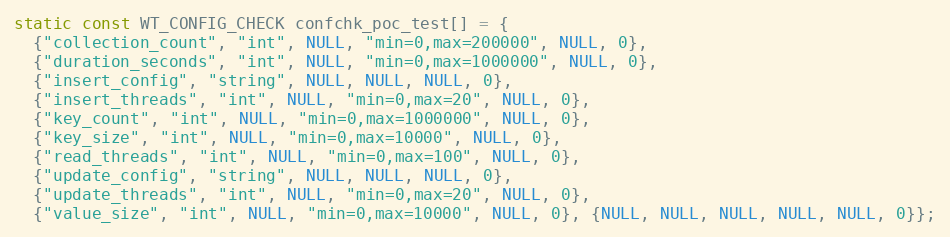
Language: C
static const WT_CONFIG_CHECK confchk_poc_test[] = {
  {"collection_count", "int", NULL, "min=0,max=200000", NULL, 0},
  {"duration_seconds", "int", NULL, "min=0,max=1000000", NULL, 0},
  {"insert_config", "string", NULL, NULL, NULL, 0},
  {"insert_threads", "int", NULL, "min=0,max=20", NULL, 0},
  {"key_count", "int", NULL, "min=0,max=1000000", NULL, 0},
  {"key_size", "int", NULL, "min=0,max=10000", NULL, 0},
  {"read_threads", "int", NULL, "min=0,max=100", NULL, 0},
  {"update_config", "string", NULL, NULL, NULL, 0},
  {"update_threads", "int", NULL, "min=0,max=20", NULL, 0},
  {"value_size", "int", NULL, "min=0,max=10000", NULL, 0}, {NULL, NULL, NULL, NULL, NULL, 0}};